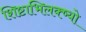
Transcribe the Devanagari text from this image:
शिष्टाभिलक्ष्यो